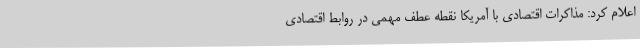
اعلام کرد: مذاکرات اقتصادی با آمریکا نقطه عطف مهمی در روابط اقتصادی